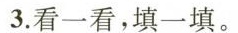
3.看一看，填一填。